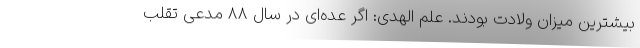
بیشترین میزان ولادت بودند. علم الهدی: اگر عده‌ای در سال ۸۸ مدعی تقلب